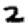
Digit: 2